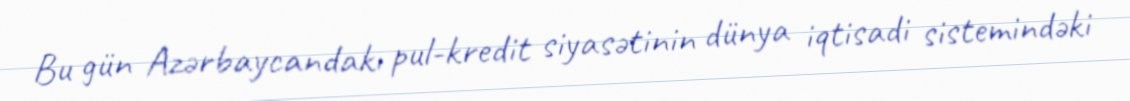
Bu gün Azərbaycandakı pul-kredit siyasətinin dünya iqtisadi sistemindəki